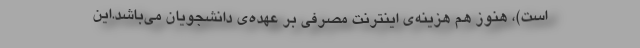
است)، هنوز هم هزینه‌ی اینترنت مصرفی‌ بر عهده‌ی دانشجویان می‌باشد.این